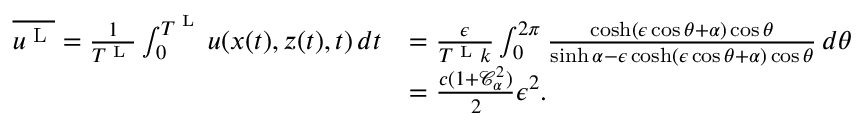
\begin{array} { r l } { \overline { { u ^ { \textnormal { L } } } } = \frac { 1 } { T ^ { \textnormal { L } } } \int _ { 0 } ^ { T ^ { \textnormal { L } } } u ( x ( t ) , z ( t ) , t ) \, d t } & { = \frac { \epsilon } { T ^ { \textnormal { L } } k } \int _ { 0 } ^ { 2 \pi } \frac { \cosh ( \epsilon \cos \theta + { \alpha } ) \cos \theta } { \sinh { \alpha } - \epsilon \cosh ( \epsilon \cos \theta + { \alpha } ) \cos \theta } \, d \theta } \\ & { = \frac { c ( 1 + \mathcal { C } _ { \alpha } ^ { 2 } ) } { 2 } \epsilon ^ { 2 } . } \end{array}